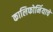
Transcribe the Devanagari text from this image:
कालिफोर्नियाचे